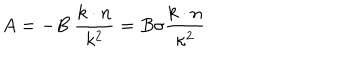
A = - B \ \frac { k \cdot n } { k ^ { 2 } } = B \sigma \frac { k \cdot n } { \kappa ^ { 2 } }